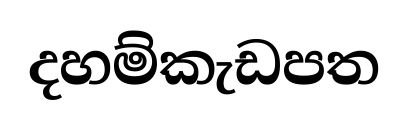
දහම්කැඩපත